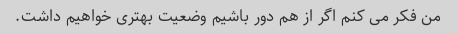
من فکر می کنم اگر از هم دور باشیم وضعیت بهتری خواهیم داشت.